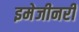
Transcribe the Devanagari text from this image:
इमेजीनरी